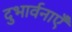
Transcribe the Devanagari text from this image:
दुभार्वनाएँ